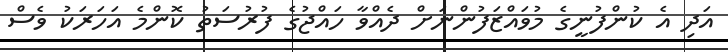
އަދި އެ ކުންފުނީގެ މުވައްޒަފުންނަށް ދެއްވާ ހައްޖުގެ ފުރުސަތު ކޮންމެ އަހަރަކު ވެސް